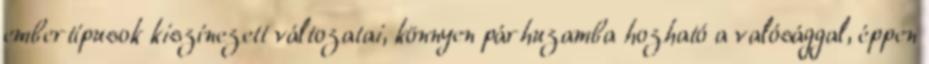
embertípusok kiszínezett változatai, könnyen párhuzamba hozható a valósággal, éppen